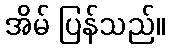
အိမ် ပြန်သည်။